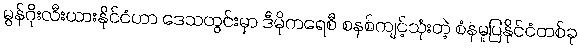
မွန်ဂိုးလီးယားနိုင်ငံဟာ ဒေသတွင်းမှာ ဒီမိုကရေစီ စနစ်ကျင့်သုံးတဲ့ စံနမူပြနိုင်ငံတစ်ခု